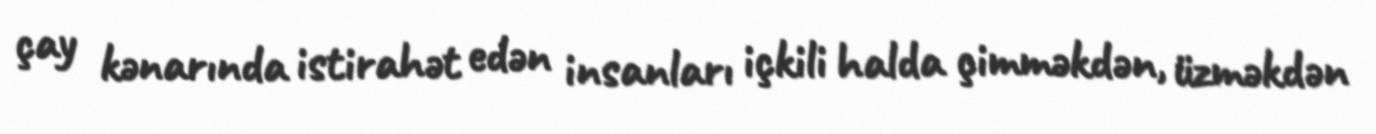
çay kənarında istirahət edən insanları içkili halda çimməkdən, üzməkdən